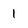
Character: 1